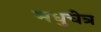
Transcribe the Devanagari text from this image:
मधुचेत्र